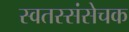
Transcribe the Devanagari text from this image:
स्वतस्संसेचक